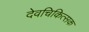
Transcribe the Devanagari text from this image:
देवचिकित्सक